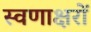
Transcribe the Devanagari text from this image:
स्वणाक्षरों